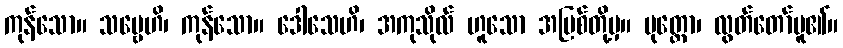
ကုန်သော။ သဗ္ဗေဟိ၊ ကုန်သော။ ဒေါသေဟိ၊ အကုသိုလ် ဟူသော အပြစ်တို့မှ။ မုတ္တော၊ လွတ်တော်မူ၏။